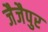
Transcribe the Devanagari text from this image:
जैजैपुर